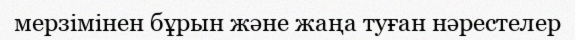
мерзімінен бұрын және жаңа туған нәрестелер